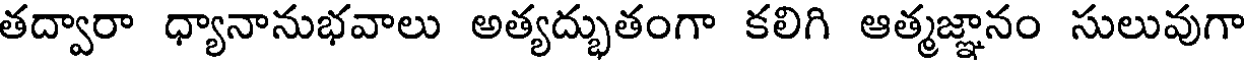
తద్వారా ధ్యానానుభవాలు అత్యద్భుతంగా కలిగి ఆత్మజ్ఞానం సులువుగా